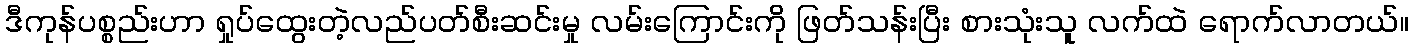
ဒီကုန်ပစ္စည်းဟာ ရှုပ်ထွေးတဲ့လည်ပတ်စီးဆင်းမှု လမ်းကြောင်းကို ဖြတ်သန်းပြီး စားသုံးသူ လက်ထဲ ရောက်လာတယ်။